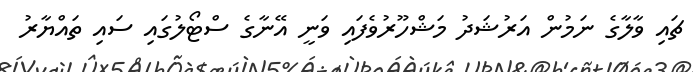
ޗައި ވާލާގެ ނަމުން އަރުޝަދު މަޝްހޫރުވެފައި ވަނީ އޭނާގެ ސްޓޯލުގައި ސައި ތައްޔާރު